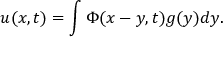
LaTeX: u ( x , t ) = \int \Phi ( x - y , t ) g ( y ) d y .